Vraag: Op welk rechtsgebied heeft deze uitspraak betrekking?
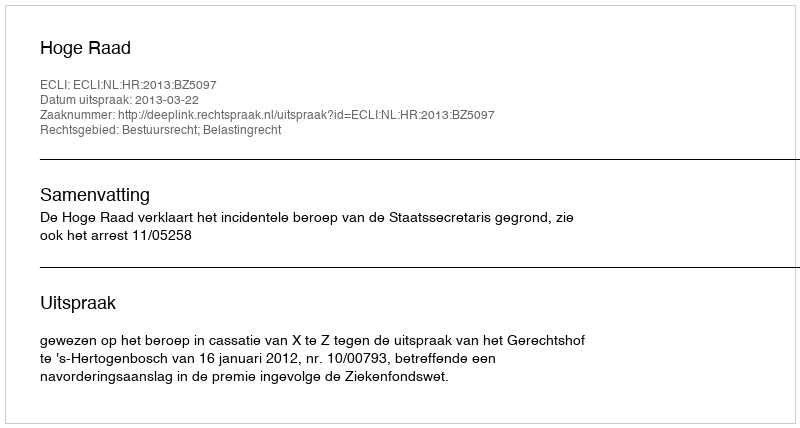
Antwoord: Bestuursrecht; Belastingrecht